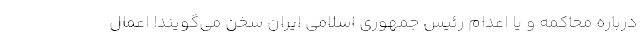
درباره محاکمه و یا اعدام رئیس جمهوری اسلامی ایران سخن می‌گویند! اعمال